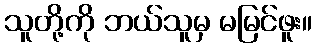
သူတို့ကို ဘယ်သူမှ မမြင်ဖူး။